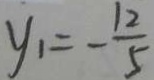
y _ { 1 } = - \frac { 1 2 } { 5 }